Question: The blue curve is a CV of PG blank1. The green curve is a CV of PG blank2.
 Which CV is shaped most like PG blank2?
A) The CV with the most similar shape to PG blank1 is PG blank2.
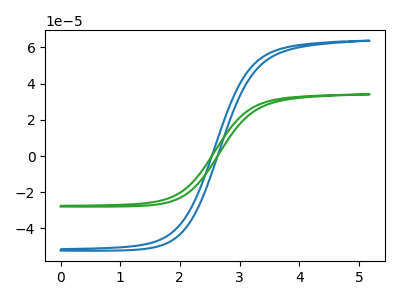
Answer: <think>The blue curve "PG blank1" has no peaks. The green curve "PG blank2" has no peaks.
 Neither "PG blank1" or "PG blank2" have any peaks.</think>
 <answer>A) The CV with the most similar shape to "PG blank1" is "PG blank2".</answer>
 <eval>A</eval>